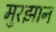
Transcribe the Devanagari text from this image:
मुरझान